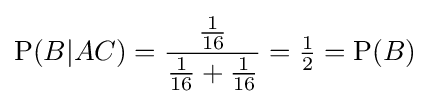
\mathrm {P} (B|AC)={\frac {\frac {1}{16}}{{\frac {1}{16}}+{\frac {1}{16}}}}={\tfrac {1}{2}}=\mathrm {P} (B)